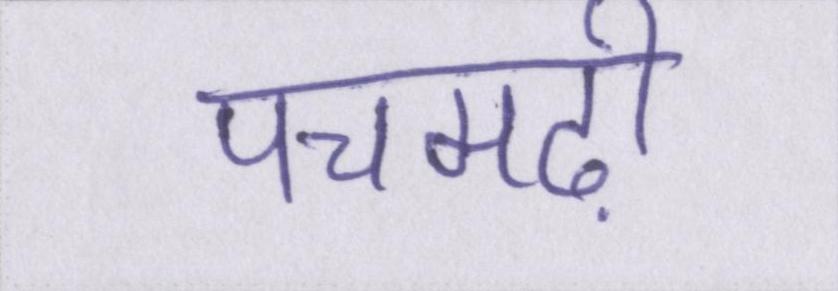
पचमढ़ी